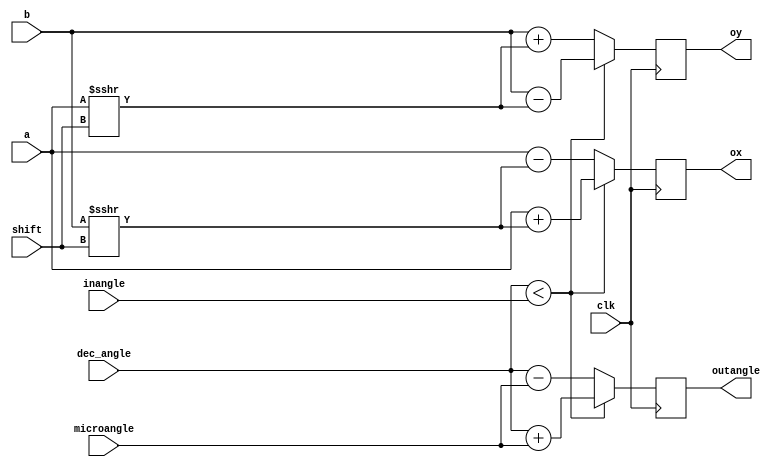
`timescale 1ns / 1ps

module iteration_rot #(parameter N = 31,M=31) (
input signed [N:0] a,
input signed [N:0] b,
input  [3:0]shift,
input [M:0] inangle,
input [M:0] microangle,
input [M:0] dec_angle ,
input clk,
output  reg signed [N:0] ox,
output  reg signed [N:0] oy,
output reg [M:0] outangle
) ;
// reg  signed [N:0] ox_shift;
// reg  signed [N:0] oy_shift;

always @ (posedge clk)

 begin

  if (dec_angle < inangle)
   begin
    ox <= a + (b >>> shift);
    oy <= b - (a >>> shift);
    outangle <= dec_angle + microangle;
  end 
  else begin
    ox <= a - (b >>> shift);
    oy <= b + (a >>> shift);
    outangle <= dec_angle - microangle;
  end

end

//assign ox= (ox_shift >>>(0*(shift)));
//assign oy= (oy_shift >>>(0*(shift)));


endmodule